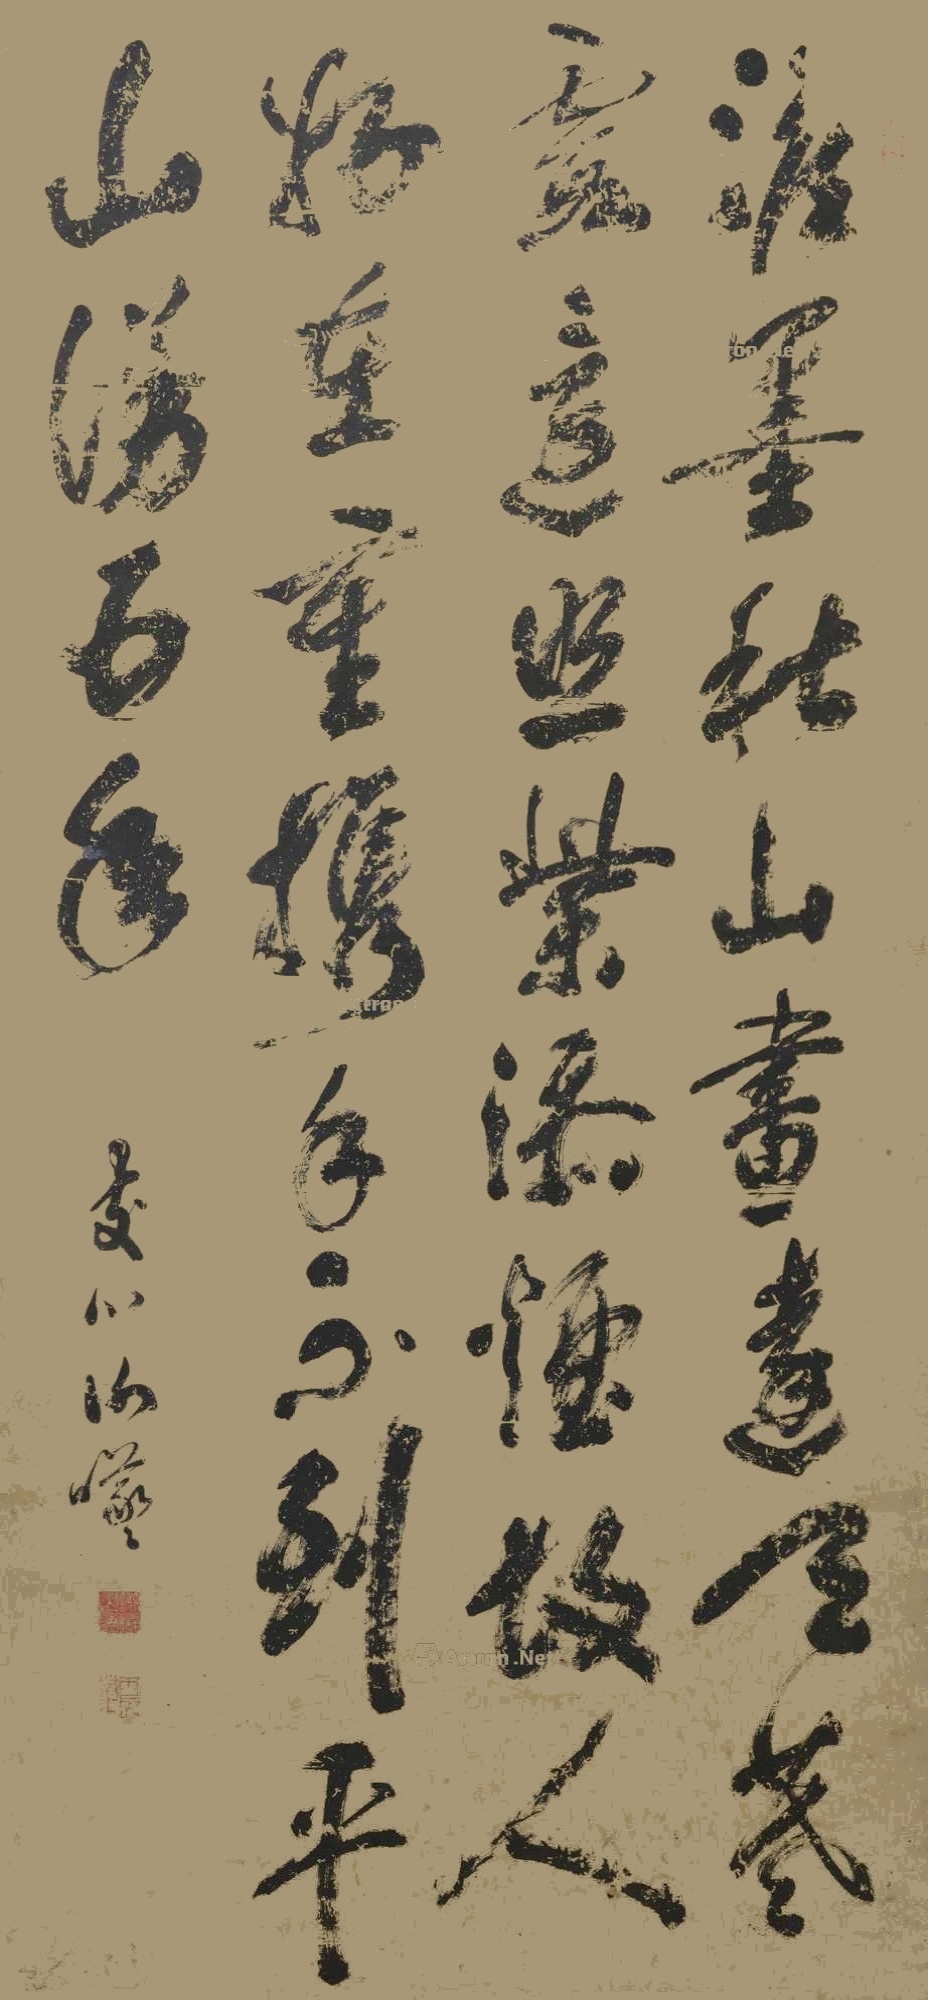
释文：澹墨秋山画远天，暮霞还照紫添烟。故人好在重携手，不到平山漫五年。发川谢曦